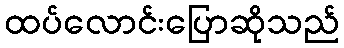
ထပ်လောင်းပြောဆိုသည်